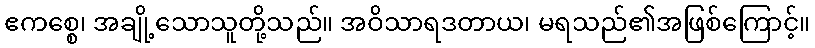
ဧကစ္စေ၊ အချို့သောသူတို့သည်။ အဝိသာရဒတာယ၊ မရသည်၏အဖြစ်ကြောင့်။